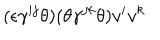
( \epsilon \gamma ^ { i j } \theta ) ( \theta \gamma ^ { j k } \theta ) v ^ { i } v ^ { k }